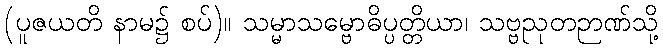
(ပူဇယတိ နာမ၌ စပ်)။ သမ္မာသမ္ဗောဓိပ္ပတ္တိယာ၊ သဗ္ဗညုတဉာဏ်သို့